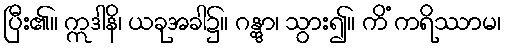
ပြီး၏။ ဣဒါနိ၊ ယခုအခါ၌။ ဂန္တွာ၊ သွား၍။ ကိံ ကရိဿာမ၊